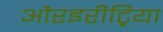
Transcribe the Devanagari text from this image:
औरइरीट्रिया